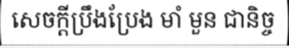
សេចក្តីប្រឹងប្រែង មាំ មួន ជានិច្ច